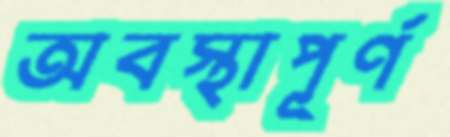
অবস্থাপূর্ণ